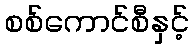
စစ်ကောင်စီနှင့်